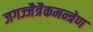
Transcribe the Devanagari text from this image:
जगज्जैत्रैकमन्त्रेण